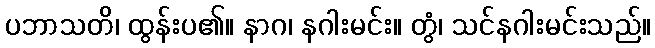
ပဘာသတိ၊ ထွန်းပ၏။ နာဂ၊ နဂါးမင်း။ တွံ၊ သင်နဂါးမင်းသည်။